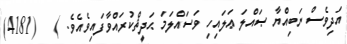
އަދިވެސް ނަބިއްޔާ ޞައްލަ ޢަލައިހި ވަސައްލަމަ ޙަދީޘްކުރައްވާފައިވެއެވެ. )   (4181)